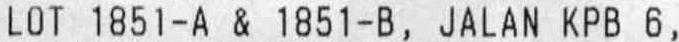
LOT 1851-A & 1851-B, JALAN KPB 6,